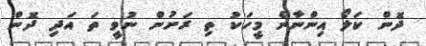
ދޮން ކަލޯ އިންނާނެ މީހަކު ތި ރަށުން ނުވީ ތަ އަދި ދޮން